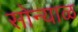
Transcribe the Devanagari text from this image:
सोन्याळ